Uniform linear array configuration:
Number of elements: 16
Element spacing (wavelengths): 1
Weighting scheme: kaiser
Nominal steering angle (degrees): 45
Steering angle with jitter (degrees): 44.118
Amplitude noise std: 0.05
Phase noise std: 0.05

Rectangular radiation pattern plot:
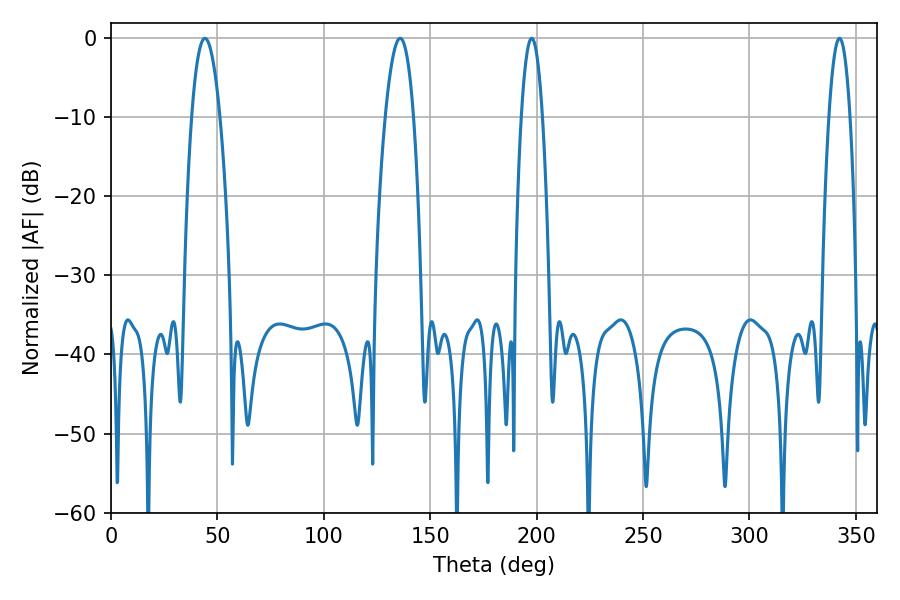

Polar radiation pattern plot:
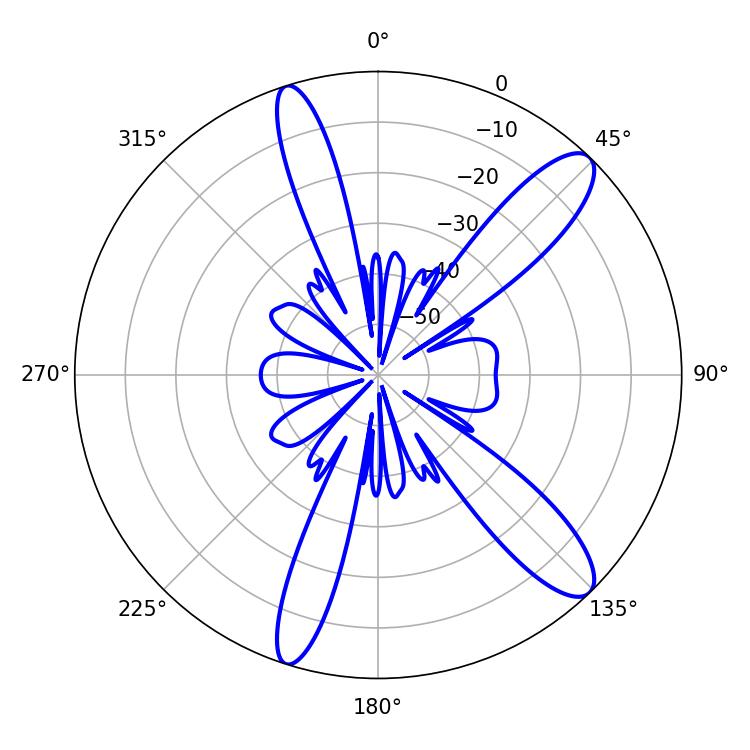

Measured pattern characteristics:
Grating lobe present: TRUE
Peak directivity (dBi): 11.89
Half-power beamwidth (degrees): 7.2
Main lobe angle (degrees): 44.1